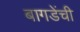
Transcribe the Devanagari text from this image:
बागडेंची